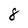
Character: 8